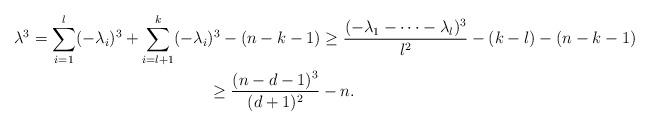
LaTeX: \begin{gather*}\lambda^3=\sum_{i=1}^l(-\lambda_i)^3+\sum_{i=l+1}^k(-\lambda_i)^3-(n-k-1)\geq \frac{(-\lambda_1-\dots-\lambda_l)^3}{l^2}-(k-l)-(n-k-1)\\\geq\frac{(n-d-1)^3}{(d+1)^2}-n.\end{gather*}